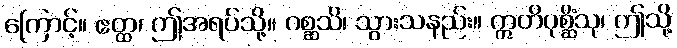
ကြောင့်။ ဧတ္ထ၊ ဤအရပ်သို့။ ဂစ္ဆသိ၊ သွားသနည်း။ ဣတိပုစ္ဆိံသု၊ ဤသို့